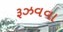
રૂઝવવા